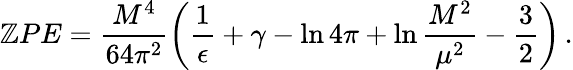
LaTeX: \mathbb{Z}PE=\frac{{M^{4}}}{{64\pi^{2}}}\left(\frac{{1}}{{\epsilon}}+\gamma-\ln4\pi+\ln\frac{{M^{2}}}{{\mu^{2}}}-\frac{{3}}{{2}}\right)\, .